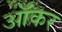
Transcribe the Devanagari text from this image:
ऑकर